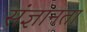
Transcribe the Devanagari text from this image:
संज्ञानता